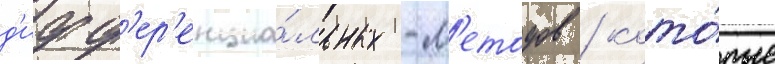
д'ифф'ер'енциа́льных -м'етодов / кото́рые